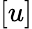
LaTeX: [u]